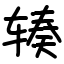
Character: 辏